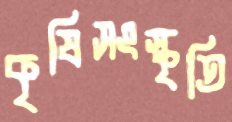
কৃষিসংস্কৃতি